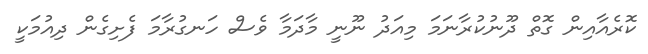
ކޮރެއާއިން ގޮތް ދޫނުކުރާނަމަ މިއަދު ނޫނީ މާދަމާ ވެސް ހަނގުރާމަ ފެށިގެން ދިއުމަކީ